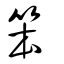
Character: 笨